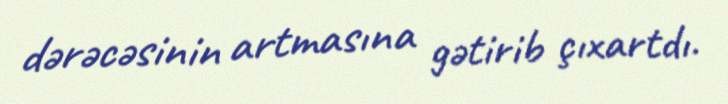
dərəcəsinin artmasına gətirib çıxartdı.